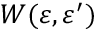
W ( \varepsilon , \varepsilon ^ { \prime } )